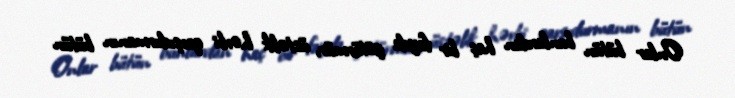
Onlar bütün bunlardan heç bir fayda götürmür, üstəlik hərbi qarşıdurmanın bütün